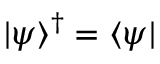
| \psi \rangle ^ { \dagger } = \langle \psi |